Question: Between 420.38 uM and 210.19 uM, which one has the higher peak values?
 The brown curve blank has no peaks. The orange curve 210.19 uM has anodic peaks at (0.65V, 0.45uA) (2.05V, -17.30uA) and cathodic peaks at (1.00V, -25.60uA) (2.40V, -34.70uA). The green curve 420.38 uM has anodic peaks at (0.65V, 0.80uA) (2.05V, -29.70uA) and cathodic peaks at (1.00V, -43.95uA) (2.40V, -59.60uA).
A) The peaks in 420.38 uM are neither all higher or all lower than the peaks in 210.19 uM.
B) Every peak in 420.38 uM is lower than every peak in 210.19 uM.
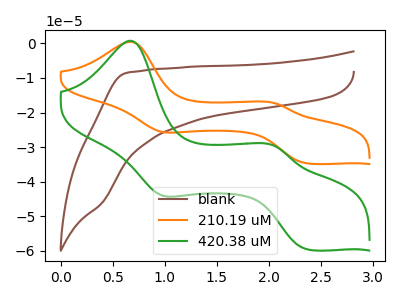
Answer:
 <answer>A) The peaks in "420.38 uM" are neither all higher or all lower than the peaks in "210.19 uM".</answer>
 <eval>A</eval>